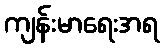
ကျန်းမာရေးအရ